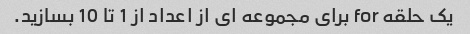
یک حلقه for برای مجموعه ای از اعداد از 1 تا 10 بسازید.